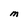
Character: M